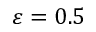
\varepsilon = 0 . 5